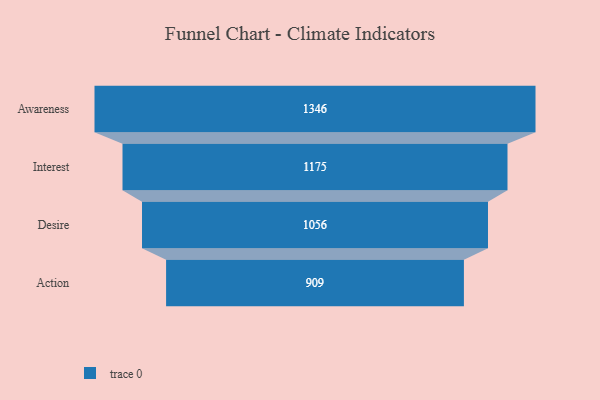
{"axis": {"x": "Stage", "y": "Value"}, "legend": [""], "data": [{"x": "Awareness", "y": 1346.0, "type": ""}, {"x": "Interest", "y": 1175.0, "type": ""}, {"x": "Desire", "y": 1056.0, "type": ""}, {"x": "Action", "y": 909.0, "type": ""}]}